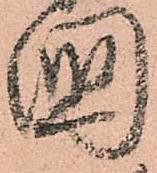
國